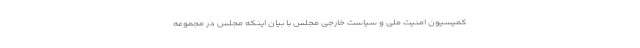
کمیسیون امنیت ملی و سیاست خارجی مجلس با بیان اینکه مجلس در مجموعه